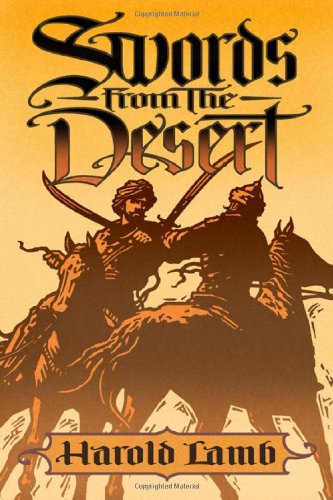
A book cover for Swords from the Desert; Harold Lamb; Literature & Fiction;